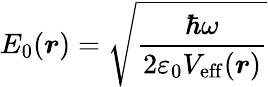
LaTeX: E_{0}(\boldsymbol{r})=\sqrt{\frac{\hbar\omega}{2\varepsilon_{0}V_{\mathrm{eff}}(\boldsymbol{r})}}